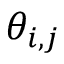
\theta _ { i , j }